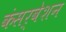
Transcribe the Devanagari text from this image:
कंसर्वेशन